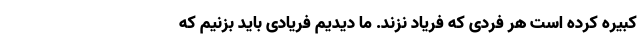
کبیره کرده است هر فردی که فریاد نزند. ما دیدیم فریادی باید بزنیم که